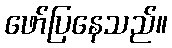
ဖော်ပြနေသည်။